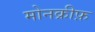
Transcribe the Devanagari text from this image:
मोनक्रीफ़